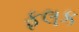
ફલક